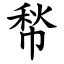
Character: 㡑